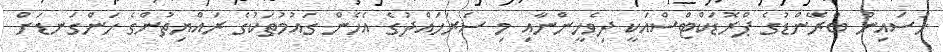
ހުސައިން ބްރޭންޑުގެ ޕްރޮޑަކްޓްސްއަކީ ދިވެހީންނާއި މި ސަރަހައްދުގެ އެހެން ގައުމުތަކުގެ ރައްޔިތުންގެ ހަންގަނޑަށް